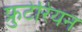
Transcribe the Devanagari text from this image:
फ्रुटेरियन